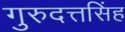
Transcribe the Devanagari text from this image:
गुरुदत्तसिंह